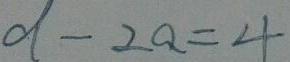
d - 2 a = 4